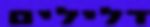
דלילים